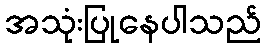
အသုံးပြုနေပါသည်